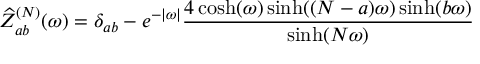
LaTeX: \widehat { Z } _ { a b } ^ { ( N ) } ( \omega ) = \delta _ { a b } - e ^ { - | \omega | } \frac { 4 \cosh ( \omega ) \sinh ( ( N - a ) \omega ) \sinh ( b \omega ) } { \sinh ( N \omega ) }